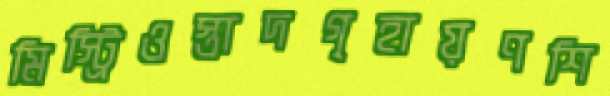
মিস্ট্রিওস্তাদগৃহায়ণশি